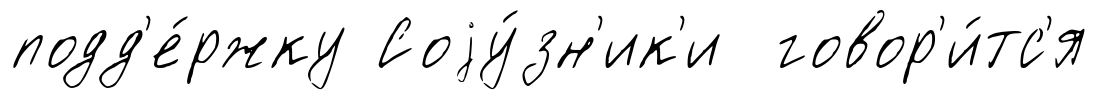
подд'е́ржку Соjу́зн'ик'и говор'и́тс'я